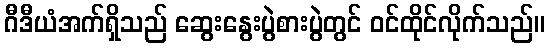
ဂီဒီယံအက်ရှိသည် ဆွေးနွေးပွဲစားပွဲတွင် ဝင်ထိုင်လိုက်သည်။